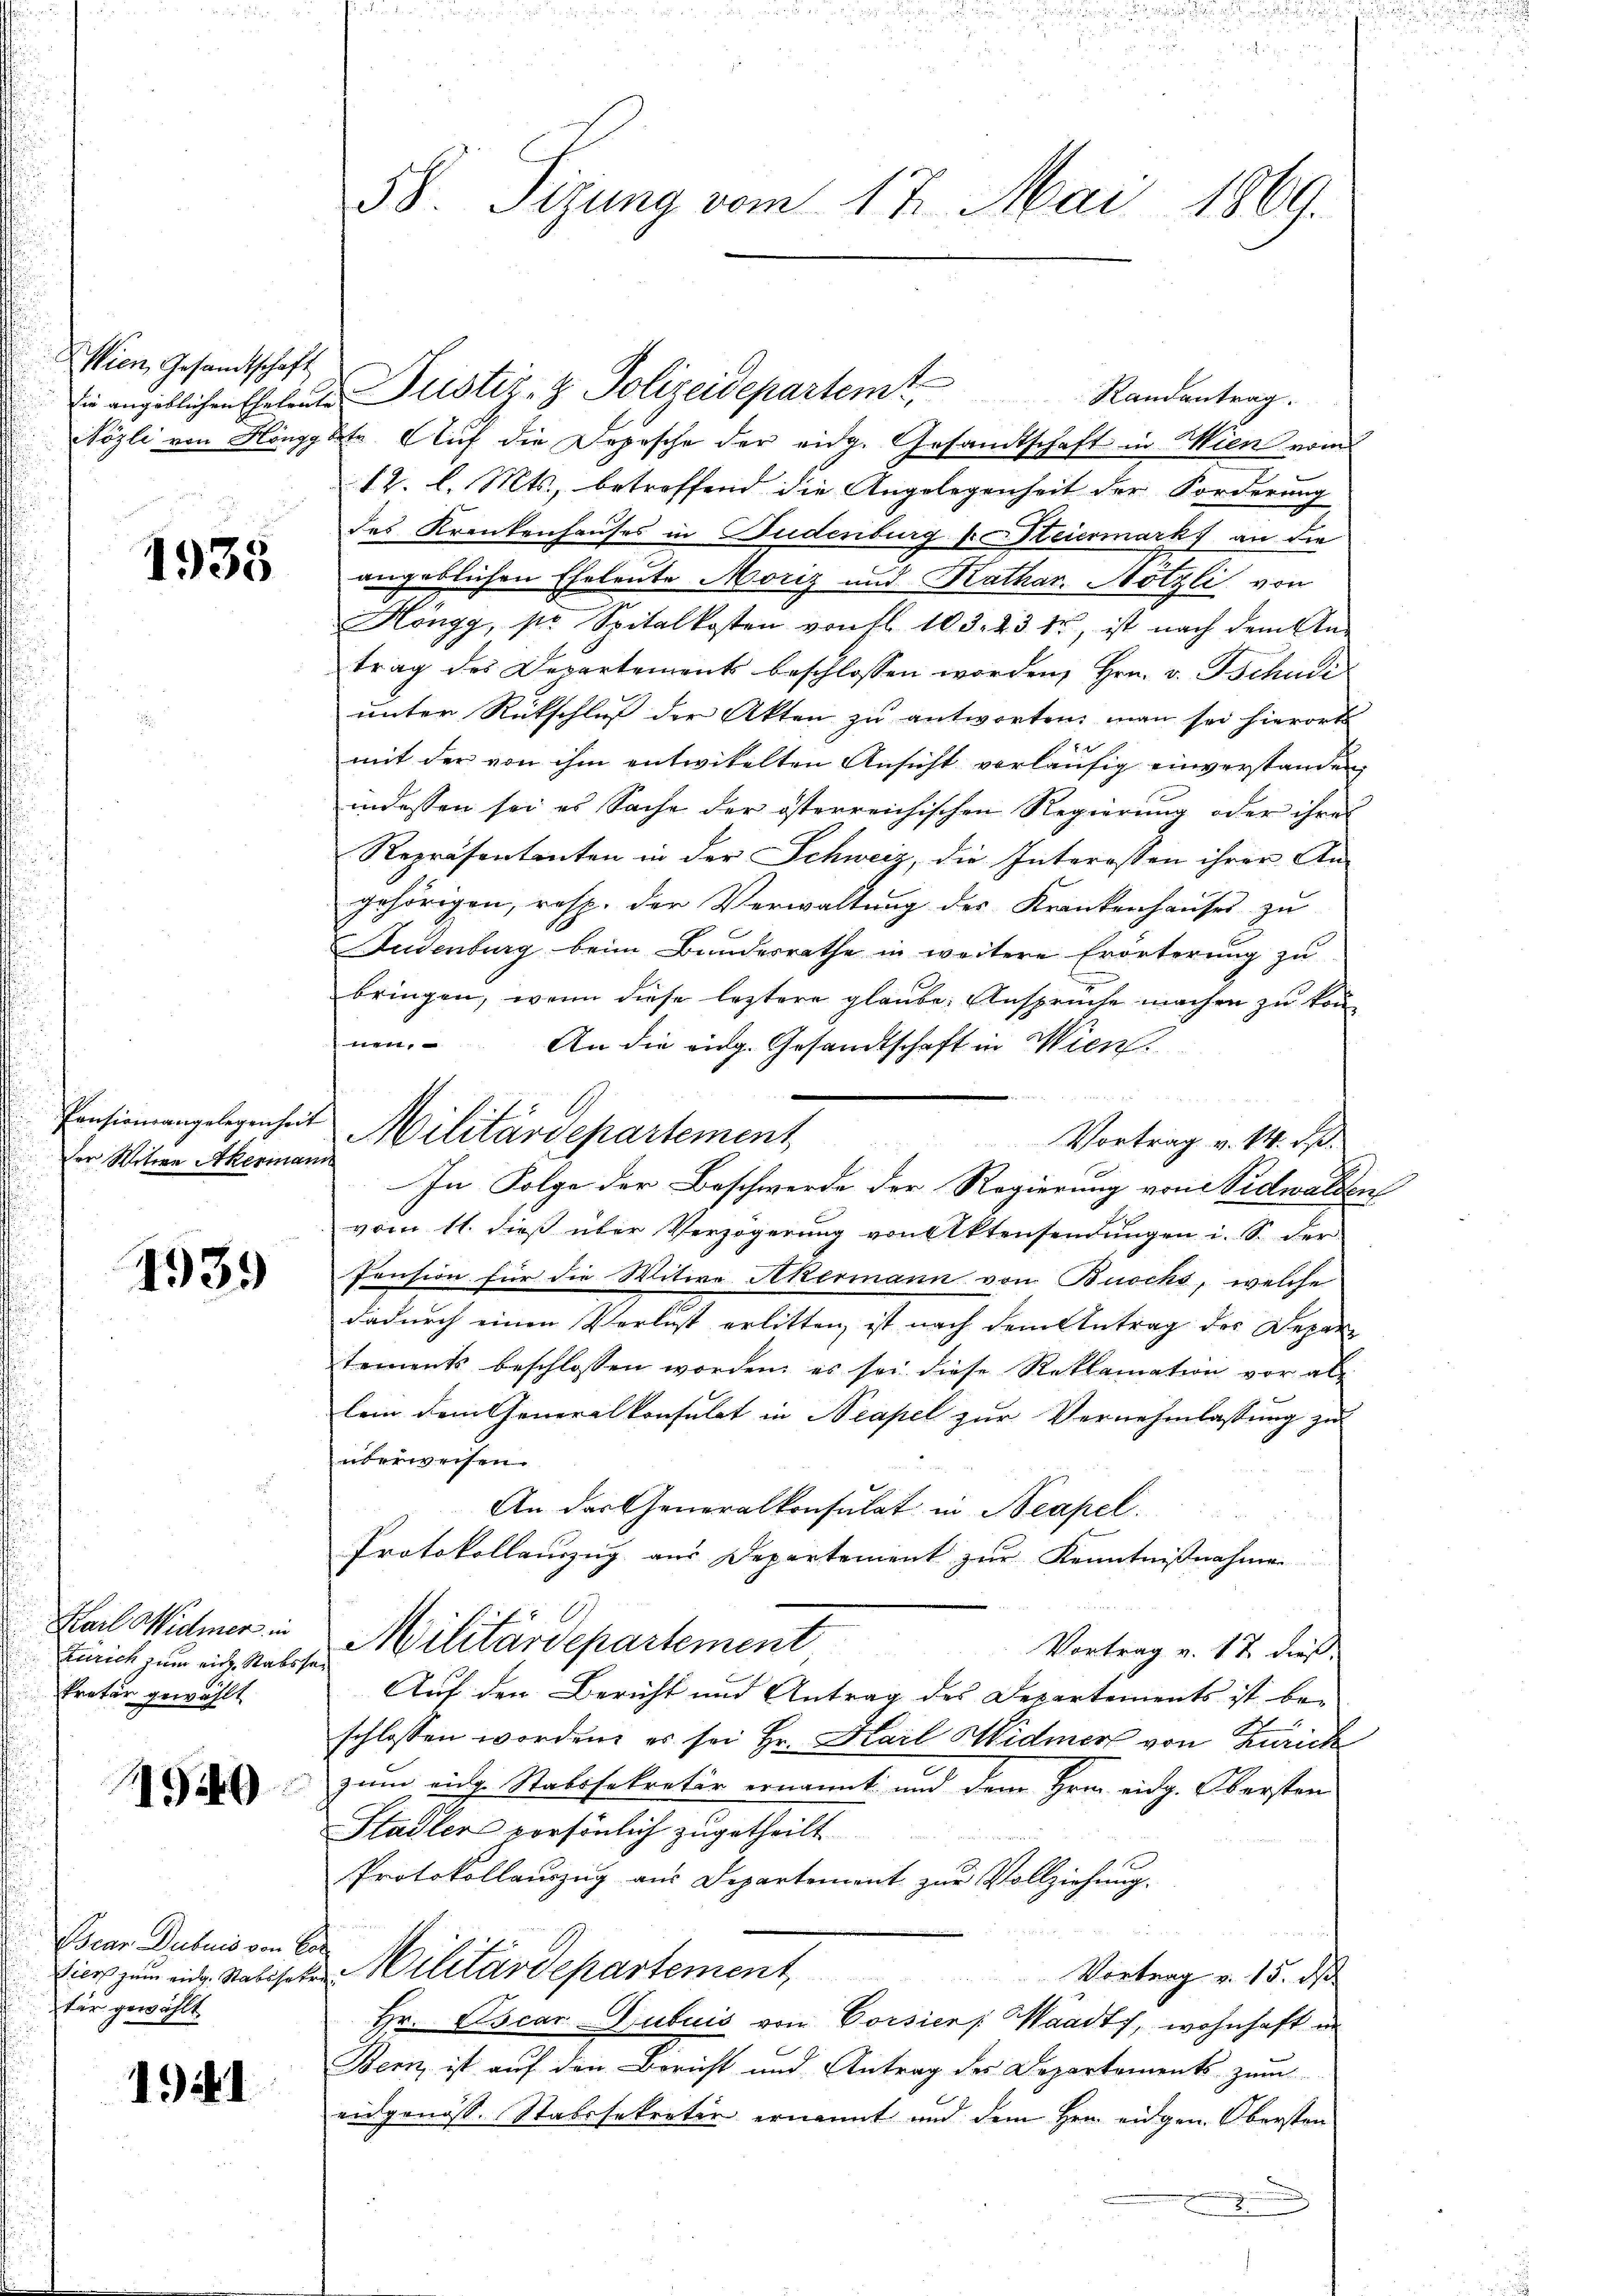
Wien Gesandtschaft

1935

er Witwe Akermann

4939

Karl Widmer in
Zürich zum eide Stabsha
kretär gewählt

1940.

Bsian Dubuis von Cor
Sier zum eidg. Stabssetze
tär gewählt

1941

58. Sizung vom 17. Mai 1869.

Pension angelegenheit Militärdepartement

die angeblichen Ehelen Pustiz- & Polizeidepartemt,
Randantrag.
Sözli von Höngger Auf die Depesche der eidg. Gesandtschaft in Wien vom
12. l. Mts., betreffend die Angelegenheit der Forderung
des Krankenhauses in Budenburg k Steiermarkt an die
angeblichen Eheleute Moriz und Kathar. Nötzli von
Höngg, pr. Spitalkosten von fl. 103. 23 tr, ist nach dem An-
trag des Departements beschlossen worden, Hrn. v. Tschudi
unter Rückschluß der Akten zu antworten man sei hierorts
b
mit der von ihm entwickelten Ansicht vorläufig einverstanden,
indessen sei es Sache der österreichischen Regierung oder ihres
Repräsentanten in der Schweiz, die Interassen ihrer An-
gehörigen, resp. der Verwaltung des Krankenhauses zu
Fudenburg beim Bundesrathe in weitere Erörterung zu
bringen, wenn diese leztere glaube. Anspruche machen zu konn
nen. An die eidg. Gesandtschaft in Wien

Vortrag v. 14. ds.
In Folge der Beschwerde der Regierung von Nidwalden
vom 11. dieß über Verzögerung von Aktensendungen i. S. der
Pension für die Witwe Akermann von Buocks, welche
dadurch einen Verlust erlitten, ist nach dem Antrag des Depar
tements beschlossen worden, es sei diese Reklamation vor al
lein dem Generalkonsulat in Neapel zur Vernehmlassung zu
überweisen.
An der Generalkonsulat in Neapel.
Protokollauszug aus Departement zur Kenntnißnahmen
Militärdepartement
Vortrag v. 17 dieß
Auf den Bericht und Antrag des Departements ist be-
1
schlossen worden, es sei Hr. Karl Widmer von Zürich
zum eidg. Stabssekretär ernannt und dem Hrn. eidg. Obersten
Stadler versönlich zugetheilt.
Protokollauszug aus Departement zur Vollziehung.
Militärdepartement, Vertrag v. 15. des
Hr. Escar Dubuis von Corsier Waadt, wohnhaft in
Bern, ist auf den Bericht und Antrag des Departements zum
eidgenöss. Stabssekretio ernannt und dem Hrn. eigen Obersten
g